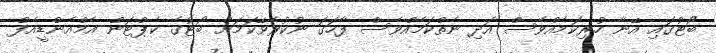
ބޯޓުގައި އޭނާ ހުރިކަމެއްވެސް އަދި ނެތްކަމެއްވެސް ފާހަގަ ނުކުރެވޭކަމަށް ބޯޓުގެ ކެޕްޓަން އެމްއެންޑީއެފް